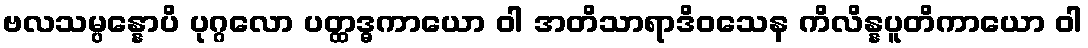
ဗလသမ္ပန္နောပိ ပုဂ္ဂလော ပတ္ထဒ္ဓကာယော ဝါ အတိသာရာဒိဝသေန ကိလိန္နပူတိကာယော ဝါ